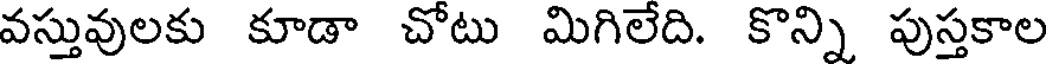
వస్తువులకు కూడా చోటు మిగిలేది. కొన్ని పుస్తకాల